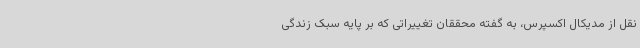
نقل از مدیکال اکسپرس، به گفته محققان تغییراتی که بر پایه سبک زندگی